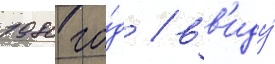
1980 го́д / вв'иду́